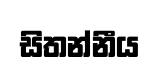
සිතන්නීය